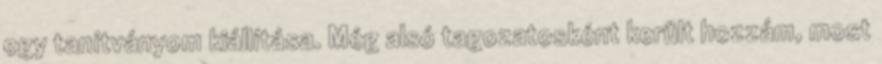
egy tanítványom kiállítása. Még alsó tagozatosként került hozzám, most